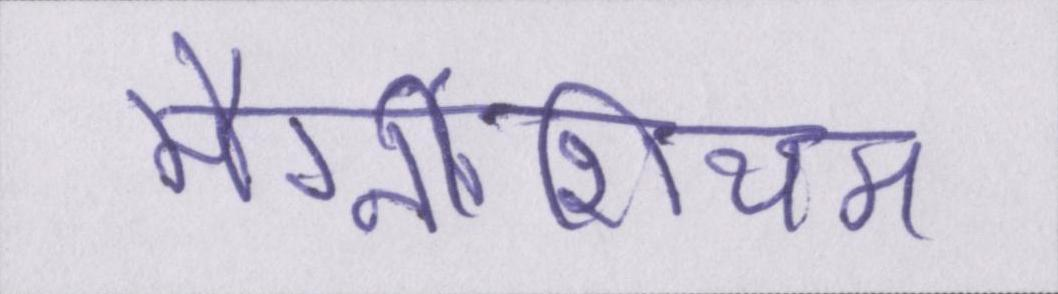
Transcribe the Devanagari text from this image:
मैग्नीशियम